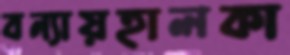
বন্যায়হালকা